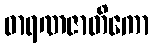
ဓာရဏဇာတိကော